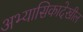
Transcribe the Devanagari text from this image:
अभ्यासिकादेखील